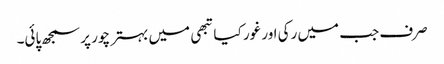
صرف جب میں رکی اور غور کیا تبھی میں بہتر چور پر سمجھ پائی۔